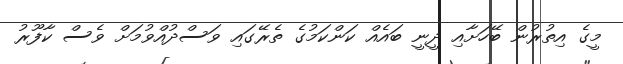
މީގެ އިތުރުން ބޭހަށާއި ދީނީ ބައެއް ކަންކަމުގެ ތެރޭގައި ވަސްދުއްވުމަށް ވެސް ކާފޫރު